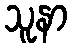
သူနာ